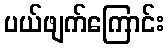
ပယ်ဖျက်ကြောင်း